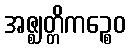
အဇ္ဈတ္တိကဉ္စေဝ